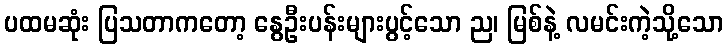
ပထမဆုံး ပြသတာကတော့ နွေဦးပန်းများပွင့်သော ည၊ မြစ်နဲ့ လမင်းကဲ့သို့သော